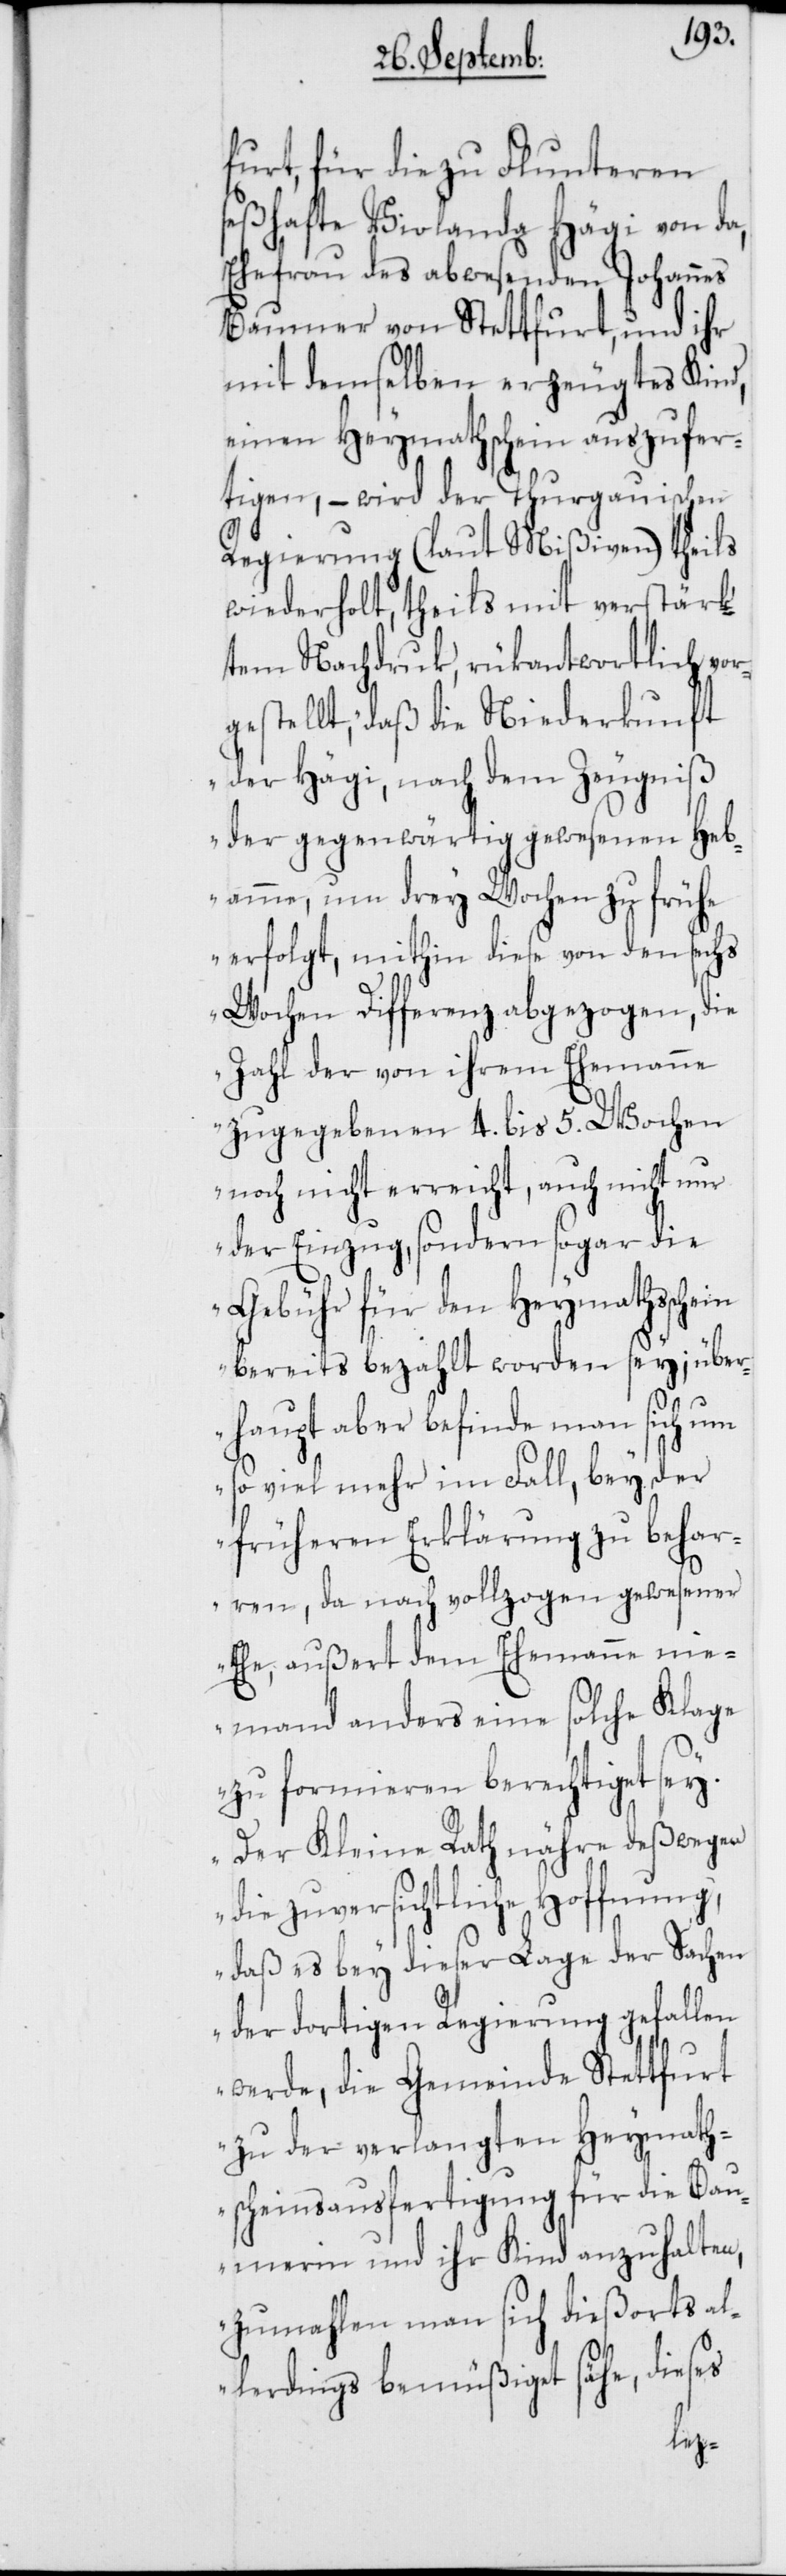
furt, für die zu Flunteren
seßhafte Violanda Hägi von da,
Ehefrau des abwesenden Johannes
Baumer von Stettfurt, und ihr
mit demselben erzeugtes Kin¬
einen Heymathschein auszufer¬
tigen, – wird der Thurgauischen
Regierung (laut Mißiven) theils
wiederholt, theils mit verstärk¬
tem Nachdruk, rükantwortlich vor¬
gestellt, „daß die Niederkunft
der Hägi, nach dem Zeugniß
der gegenwärtig gewesenen Heb¬
amme, um drey Wochen zu frühe
erfolgt, mithin diese von den sechs
Wochen Differenz abgezogen, die
Zahl der von ihrem Ehemanne
zugegebenen 4. bis 5. Wochen
noch nicht erreicht, auch nicht nur
der Einzug, sondern sogar die
Gebühr für den Heymathsschein
bereits bezahlt worden sey; über¬
haupt aber befinde man sich um
so viel mehr im Fall, bey der
früheren Erklärung zu behar¬
ren, da nach vollzogen gewesener
Ehe, außert dem Ehemanne nie¬
mand anders eine solche Klage
zu formieren berechtiget sey.
Der Kleine Rath nähre deßwegen
die zuversichtliche Hoffnung,
daß es bey dieser Lage der Sachen
der dortigen Regierung gefallen
werde, die Gemeinde Stettfurt
zu der verlangten Heymath¬
scheinsausfertigung für die Bau¬
merin und ihr Kind anzuhalten,
zumahlen man sich dießorts a¬
dieses
ßiget
emü¬
lerdings b¬